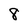
Character: 8